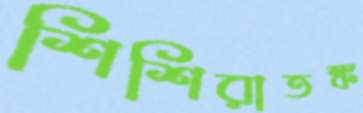
শিশিরাতঙ্ক